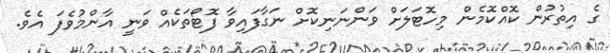
ގެ އިތުރުން ކޮއްކޮމެން މިހޮޓަލަށް ވަންނަނިކޮށް ނަގާފައިވާ ފޮޓޯތަކެއް ވަނީ އާންމުވެފަ އެވެ.